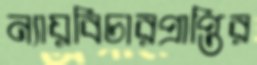
ন্যায়বিচারপ্রাপ্তির